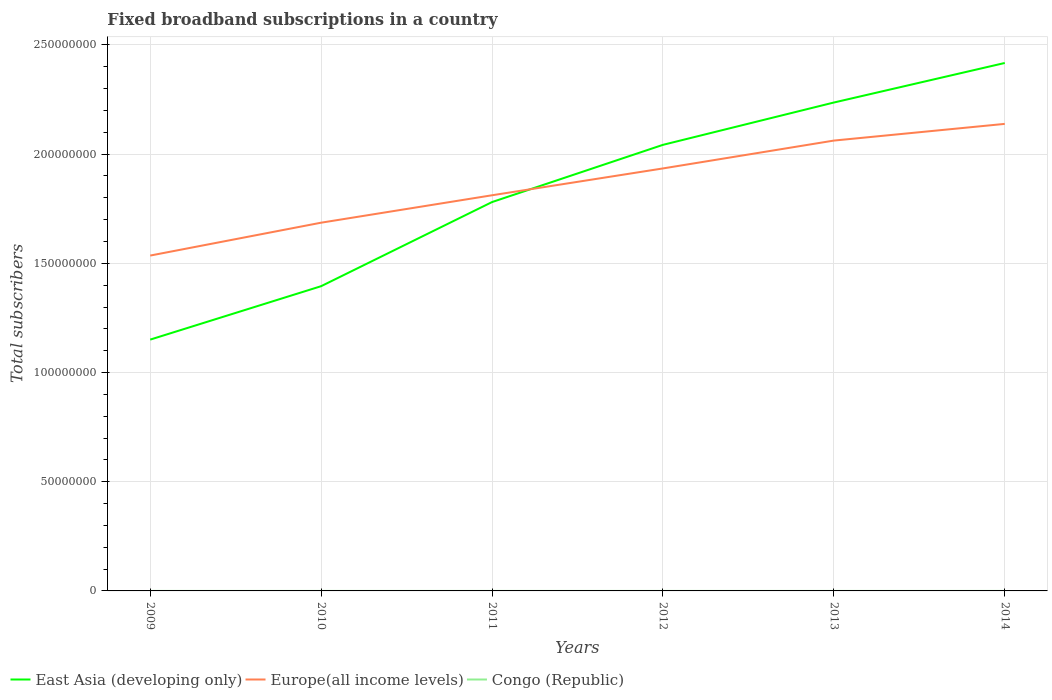
| Years | East Asia (developing only) | Europe(all income levels) | Congo (Republic) |
 | --- | --- | --- | --- |
 | 2009 | 1.15e+08 | 1.54e+08 | 125 |
 | 2010 | 1.4e+08 | 1.69e+08 | 250 |
 | 2011 | 1.78e+08 | 1.81e+08 | 1.31e+03 |
 | 2012 | 2.04e+08 | 1.93e+08 | 1.39e+03 |
 | 2013 | 2.24e+08 | 2.06e+08 | 438 |
 | 2014 | 2.42e+08 | 2.14e+08 | 500 |